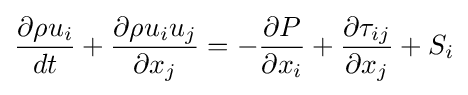
{\frac {\partial \rho u_{i}}{dt}}+{\frac {\partial \rho u_{i}u_{j}}{\partial x_{j}}}=-{\frac {\partial P}{\partial x_{i}}}+{\frac {\partial \tau _{ij}}{\partial x_{j}}}+S_{i}